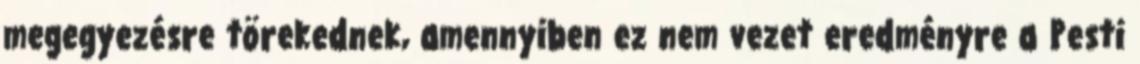
megegyezésre törekednek, amennyiben ez nem vezet eredményre a Pesti